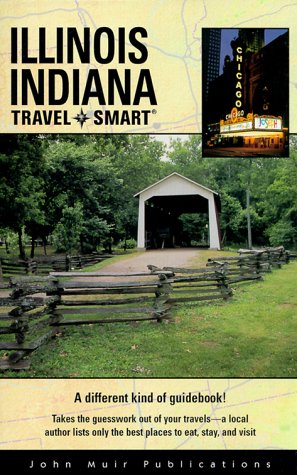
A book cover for Illinois/Indiana Travel-Smart; Robin Neal Kaler; Travel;